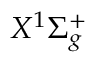
X ^ { 1 } \Sigma _ { g } ^ { + }